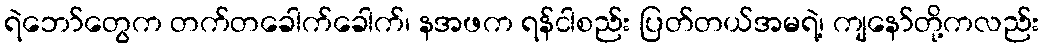
ရဲဘော်တွေက တက်တခေါက်ခေါက်၊ နအဖက ရန်ငါစည်း ပြတ်တယ်အမရဲ့၊ ကျနော်တို့ကလည်း